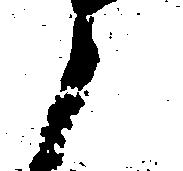
と